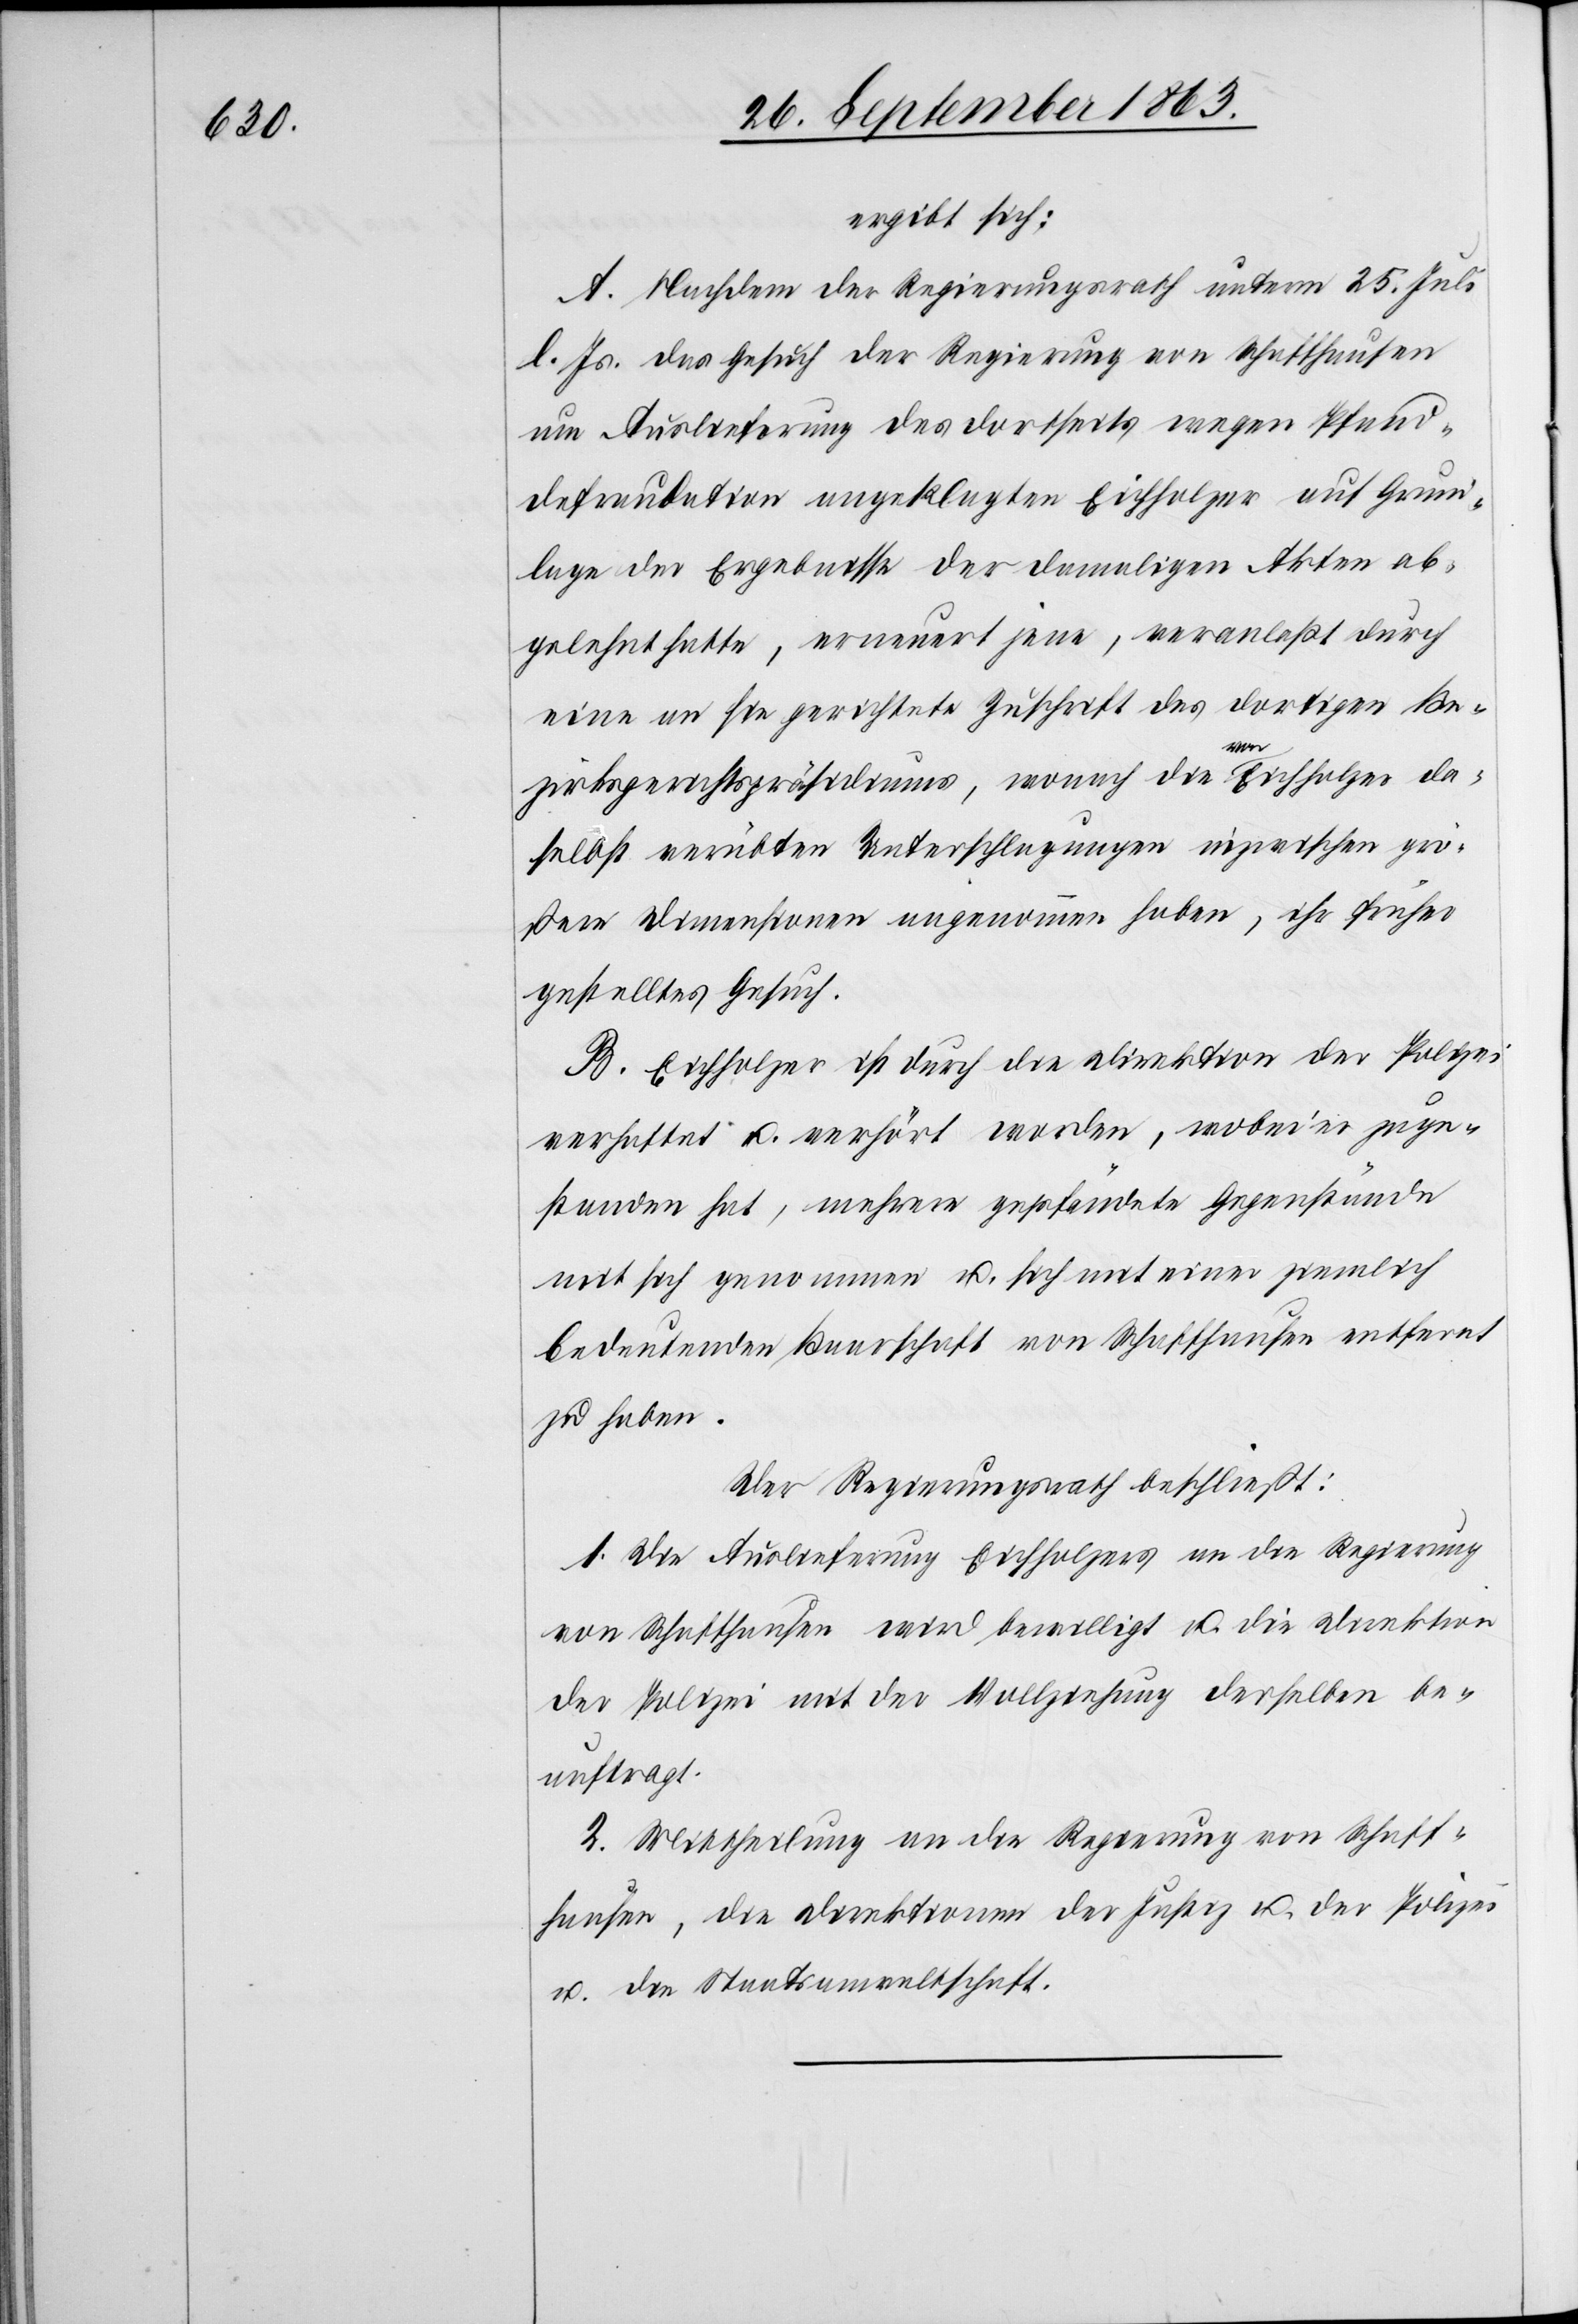
ergibt sich:
A. Nachdem der Regierungsrath unterm 25. Juli
l. Js. das Gesuch der Regierung von Schaffhausen
um Auslieferung des dortseits wegen Pfand¬
defraudation angeklagten Eichholzer auf Grund¬
lage der Ergebnisse der damaligen Akten ab¬
gelehnt hatte, erneuert jene, veranlaßt durch
eine an sie gerichtete Zuschrift des dortigen Be¬
zirksgerichtspräsidiums, wonach die von Eichholzer da¬
selbst verübten Unterschlagungen inzwischen grö¬
ßere Dimensionen angenommen haben, ihr früher
gestelltes Gesuch.
B. Eichholzer ist durch die Direktion der Polizei
verhaftet u. verhört worden, wobei er zuge¬
standen hat, mehrere gepfändete Gegenstände
mit sich genommen u. sich mit einer ziemlich
bedeutenden Baarschaft von Schaffhausen entfernt
zu haben.
Der Regierungsrath beschließt:
1. Die Auslieferung Eichholzers an die Regierung
von Schaffhausen wird bewilligt u. die Direktion
der Polizei mit der Vollziehung derselben be¬
auftragt.
2. Mittheilung an die Regierung von Schaff¬
hausen, die Direktionen der Justiz u. der Polizei
u. die Staatsanwaltschaft.